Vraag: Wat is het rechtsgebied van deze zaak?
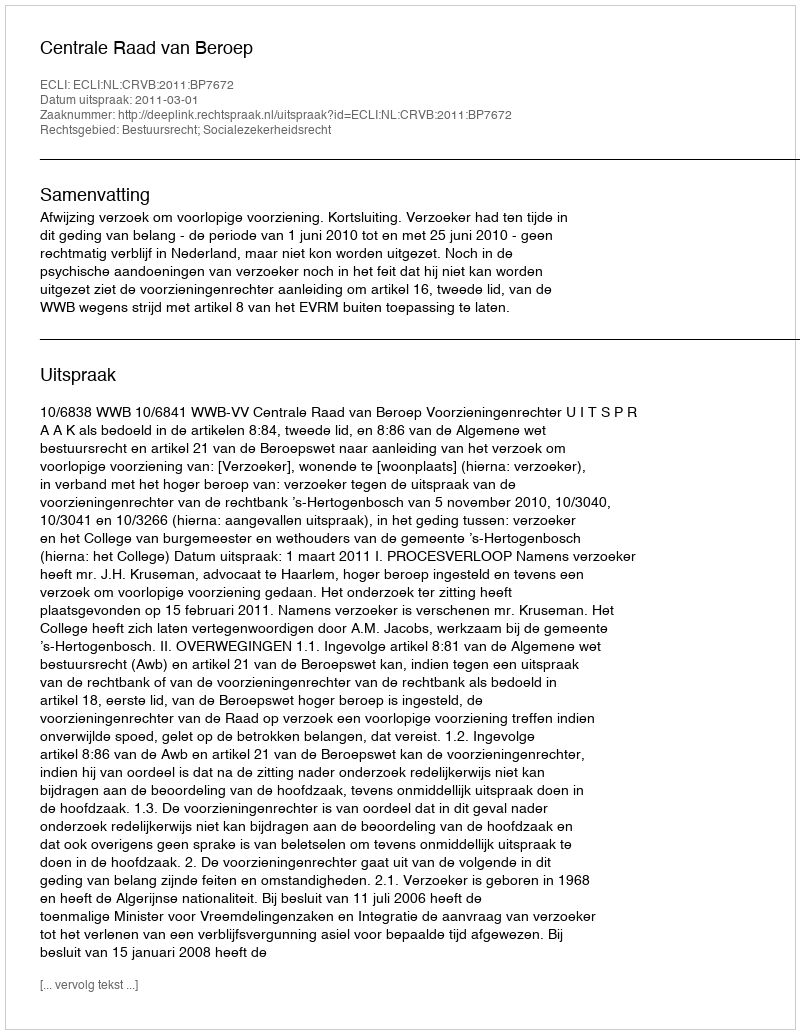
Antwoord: Bestuursrecht; Socialezekerheidsrecht